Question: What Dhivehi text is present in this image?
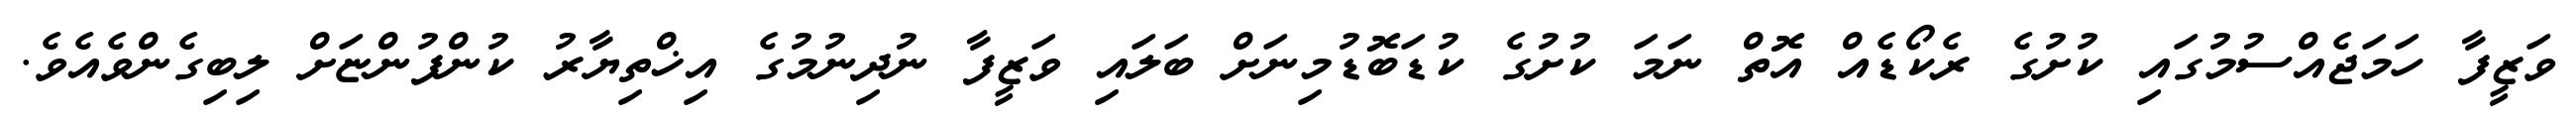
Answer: ވަޒީފާ ހަމަޖެއްސުމުގައި ކުށުގެ ރެކޯޑެއް އޮތް ނަމަ ކުށުގެ ކުޑަބޮޑުމިނަށް ބަލައި ވަޒީފާ ނުދިނުމުގެ އިޚްތިޔާރު ކުންފުންޏަށް ލިބިގެންވެއެވެ.